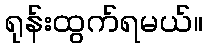
ရုန်းထွက်ရမယ်။